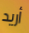
أريد